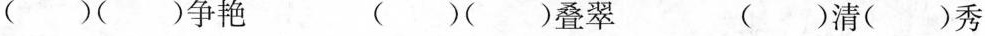
()()争艳 ()()叠翠 ()清()秀